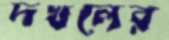
দখলের